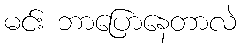
မင်း ဘာပြောနေတာလဲ